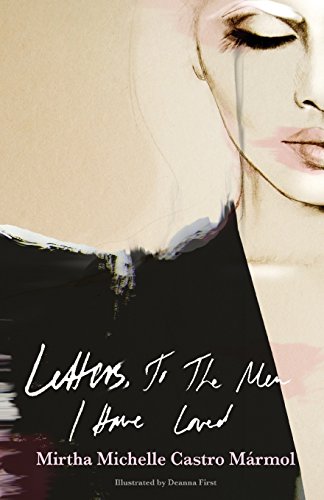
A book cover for Letters, To The Men I Have Loved; Mirtha Michelle Castro Marmol; Literature & Fiction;